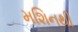
મશિનથી